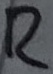
Text: R